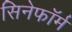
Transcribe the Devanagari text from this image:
सिनेफॉर्म